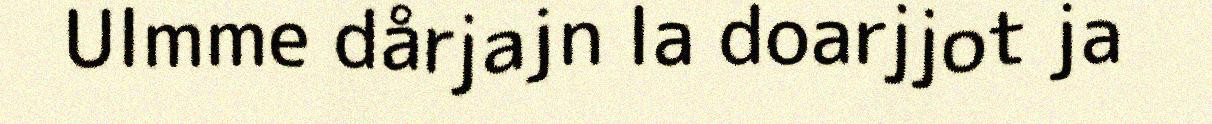
Ulmme dårjajn la doarjjot ja